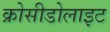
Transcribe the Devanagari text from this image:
क्रोसीडोलाइट